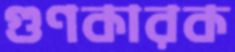
গুণকারক